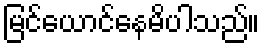
မြင်ယောင်နေမိပါသည်။